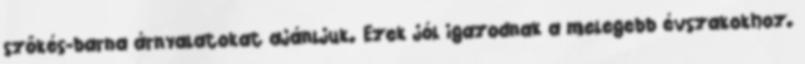
szőkés-barna árnyalatokat ajánljuk. Ezek jól igazodnak a melegebb évszakokhoz.